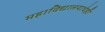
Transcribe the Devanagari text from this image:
महाविद्यालयाचेही